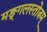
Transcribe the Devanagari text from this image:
मङ्गलस्तोत्रम्